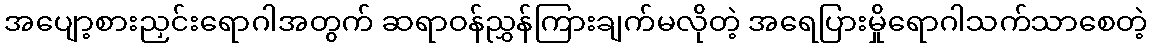
အပျော့စားညှင်းရောဂါအတွက် ဆရာဝန်ညွှန်ကြားချက်မလိုတဲ့ အရေပြားမှိုရောဂါသက်သာစေတဲ့